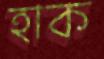
হাক